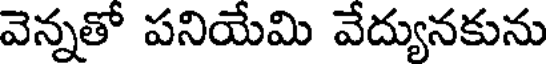
వెన్నతో పనియేమి వేద్యునకును